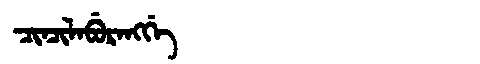
Manchu: ᠴᡳᠨᠴᡳᠯᠠᠪᡠᡵᠠᠩᡤᡝ
Romanization: CINCILABURANGGE